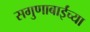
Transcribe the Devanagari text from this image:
सगुणाबाईंच्या